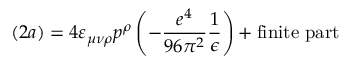
( 2 a ) = 4 \varepsilon _ { \mu \nu \rho } p ^ { \rho } \left( - \frac { e ^ { 4 } } { 9 6 \pi ^ { 2 } } \frac { 1 } { \epsilon } \right) + \mathrm { f i n i t e ~ p a r t }